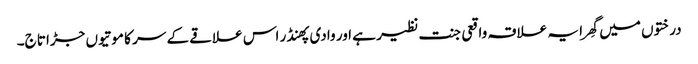
درختوں میں گھِرا یہ علاقہ واقعی جنت نظیر ہے اور وادی پھنڈر اس علاقے کے سر کا موتیوں جڑا تاج۔